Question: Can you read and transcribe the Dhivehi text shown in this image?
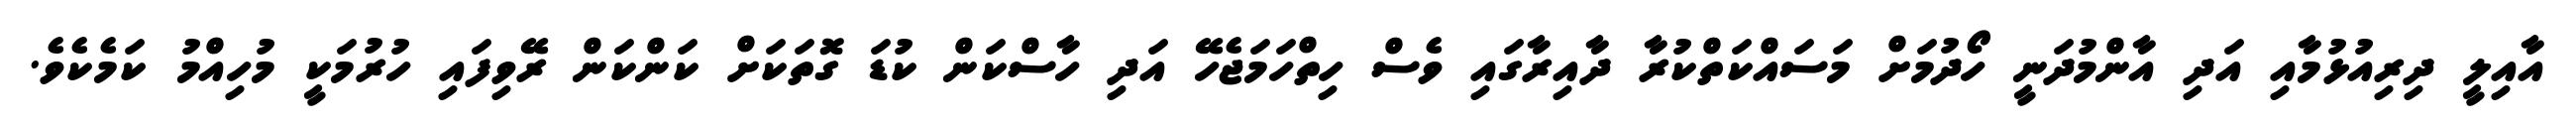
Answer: އާއިލީ ދިރިއުޅުމާއި އަދި އާންމުދަނީ ހޯދުމަށް މަސައްކަތްކުރާ ދާއިރާގައި ވެސް ހިތްހަމަޖެހޭ އަދި ހާސްކަން ކުޑަ ގޮތަކަށް ކަންކަން ރޭވިފައި ހުރުމަކީ މުހިއްމު ކަމެކެވެ.